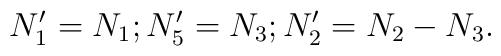
N'_1 = N_1;N'_5 = N_3;N'_2 = N_2 - N_3 .